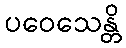
ပဝေသေန္တိ